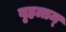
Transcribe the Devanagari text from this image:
बृहत्तम्